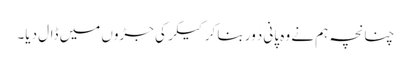
چنانچہ ہم نے وہ پانی دَور بنا کر کیکر کی جڑوں میں ڈال دیا۔